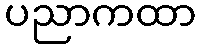
ပညာကထာ